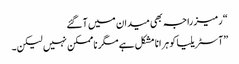
“ رمیز راجہ بھی میدان میں آ گئے
”آسٹریلیا کو ہرانا مشکل ہے مگر ناممکن نہیں لیکن۔